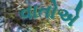
વાતોએ